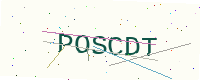
Text: POSCDT